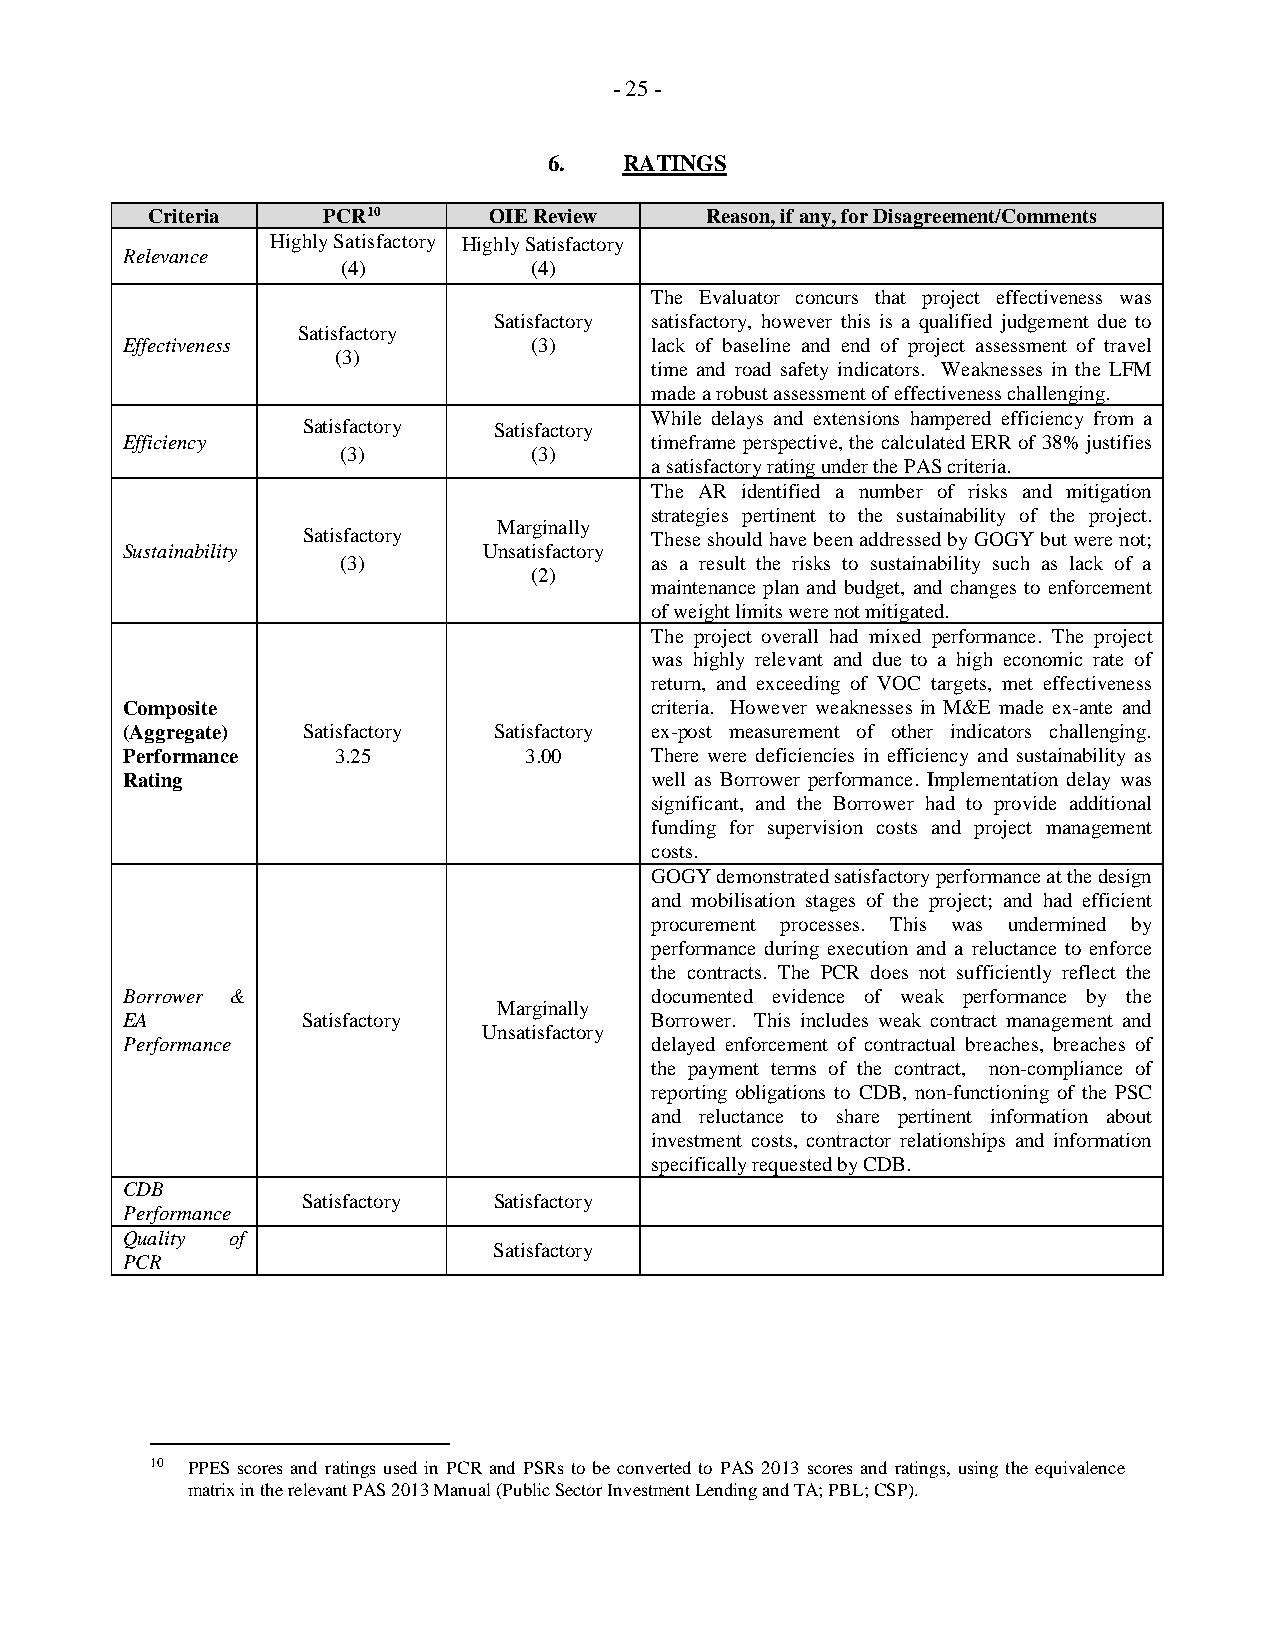
- 25 -
 6.   RATINGS
 Criteria   PCR10      OIE Review     Reason, if any, for Disagreement/Comments
 Highly Satisfactory Highly Satisfactory
 Relevance
 (4)         (4)
 The Evaluator concurs that project effectiveness was
 Satisfactory satisfactory, however this is a qualified judgement due to
 Satisfactory
 Effectiveness              (3)     lack of baseline and end of project assessment of travel
 (3)
 time and road safety indicators. Weaknesses in the LFM
 made a robust assessment of effectiveness challenging.
 While delays and extensions hampered efficiency from a
 Satisfactory Satisfactory
 Efficiency                         timeframe perspective, the calculated ERR of 38% justifies
 (3)         (3)
 a satisfactory rating under the PAS criteria.
 The AR identified a number of risks and mitigation
 strategies pertinent to the sustainability of the project.
 Marginally
 Satisfactory           These should have been addressed by GOGY but were not;
 Sustainability          Unsatisfactory
 (3)                 as a result the risks to sustainability such as lack of a
 (2)
 maintenance plan and budget, and changes to enforcement
 of weight limits were not mitigated.
 The project overall had mixed performance. The project
 was highly relevant and due to a high economic rate of
 return, and exceeding of VOC targets, met effectiveness
 Composite                          criteria. However weaknesses in M&E made ex-ante and
 (Aggregate) Satisfactory Satisfactory ex-post measurement of other indicators challenging.
 Performance   3.25         3.00    There were deficiencies in efficiency and sustainability as
 Rating                             well as Borrower performance. Implementation delay was
 significant, and the Borrower had to provide additional
 funding for supervision costs and project management
 costs.
 GOGY demonstrated satisfactory performance at the design
 and mobilisation stages of the project; and had efficient
 procurement processes. This was undermined by
 performance during execution and a reluctance to enforce
 the contracts. The PCR does not sufficiently reflect the
 Borrower &                         documented evidence of weak performance by the
 Marginally
 EA          Satisfactory           Borrower. This includes weak contract management and
 Unsatisfactory
 Performance                        delayed enforcement of contractual breaches, breaches of
 the payment terms of the contract, non-compliance of
 reporting obligations to CDB, non-functioning of the PSC
 and reluctance to share pertinent information about
 investment costs, contractor relationships and information
 specifically requested by CDB.
 CDB
 Satisfactory Satisfactory
 Performance
 Quality of
 Satisfactory
 PCR
 10 PPES scores and ratings used in PCR and PSRs to be converted to PAS 2013 scores and ratings, using the equivalence
 matrix in the relevant PAS 2013 Manual (Public Sector Investment Lending and TA; PBL; CSP).